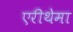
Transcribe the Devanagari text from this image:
एरीथेमा